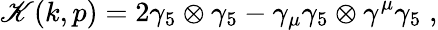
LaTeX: \mathscr{K}(k,p)=2\gamma_{5}\otimes\gamma_{5}-\gamma_{\mu}\gamma_{5}\otimes\gamma^{\mu}\gamma_{5}\; ,